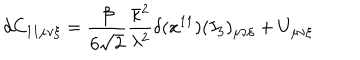
LaTeX: d C _ { 1 1 \mu \nu \xi } = \frac { \beta } { 6 \sqrt { 2 } } \frac { \bar { \kappa } ^ { 2 } } { \lambda ^ { 2 } } \delta ( x ^ { 1 1 } ) ( I _ { 3 } ) _ { \mu \nu \xi } + U _ { \mu \nu \xi }